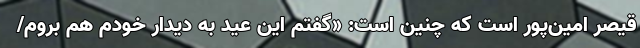
قیصر امین‌پور است که چنین است: «گفتم این عید به دیدار خودم هم بروم/